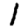
Digit: 1